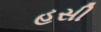
હસી